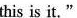
this is it."